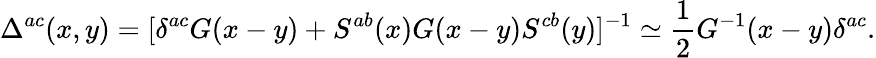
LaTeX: \Delta^{ac}(x,y)=[\delta^{ac}G(x-y)+S^{ab}(x)G(x-y)S^{cb}(y)]^{-1}\simeq\frac{1}{2}G^{-1}(x-y)\delta^{ac}.